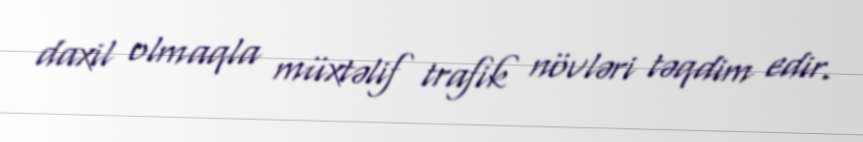
daxil olmaqla müxtəlif trafik növləri təqdim edir.